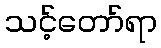
သင့်တော်ရာ